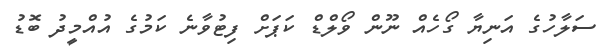
ސަލާހުގެ އަނިޔާ ގޯހެއް ނޫން ވޯލްޑް ކަޕަށް ފިޓުވާނެ ކަމުގެ އުއްމީދު ބޮޑު